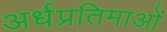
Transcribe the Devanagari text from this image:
अर्धप्रतिमाओं